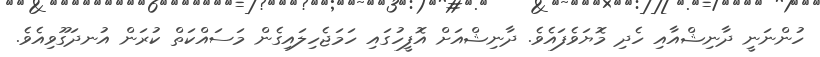
ހުންނަނީ ދާނިޝްއާއި ހެދި މޮޔަވެފައެވެ. ދާނިޝްއަށް އޮފީހުގައި ހަމަޖެހިލައިގެން މަސައްކަތް ކުރަން އުނދަގޫވިއެވެ.